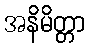
အနိမိတ္တာ